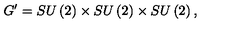
G ^ { \prime } = S U \left( 2 \right) \times S U \left( 2 \right) \times S U \left( 2 \right) ,